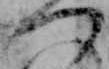
つ